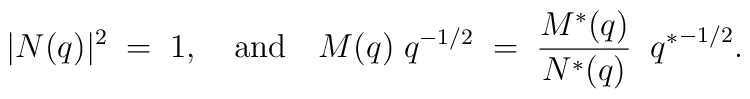
|N(q)|^2\; =\; 1, \quad \mbox{and} \quad M(q)\;q^{-1/2}\;= \;\frac{M^{*}(q)}{N^{*}(q)} \;\; {q^{*}}^{-1/2}.